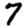
Digit: 7